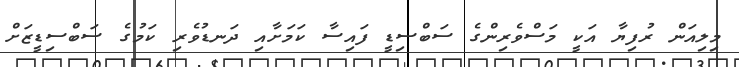
މިލިއަން ރުފިޔާ އަކީ މަސްވެރިންގެ ސަބްސިޑީ ފައިސާ ކަމަށާއި ދަނޑުވެރި ކަމުގެ ސަބްސިޑީޒަށް